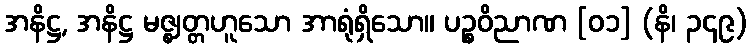
အနိဋ္ဌ, အနိဋ္ဌ မဇ္ဈတ္တဟူသော အာရုံရှိသော။ ပဉ္စဝိညာဏ [၀၁] (နိ၊ ၃၄၉)